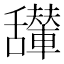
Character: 𱼴